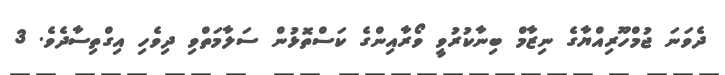
ދެވަނަ ޖުމްހޫރިއްޔާގެ ނިޒާމް ބިނާކުރުވީ ވޯރާއިންގެ ކަސްތޮޅުން ސަލާމަތްވި ދިވެހި އިގްތިސާދެވެ. 3